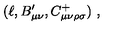
( \ell , B _ { \mu \nu } ^ { \prime } , C _ { \mu \nu \rho \sigma } ^ { + } ) \ ,